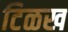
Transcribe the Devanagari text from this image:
टिळख